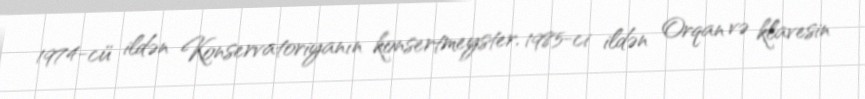
1974-cü ildən Konservatoriyanın konsertmeyster, 1985-ci ildən Orqan və klavesin